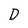
Character: D